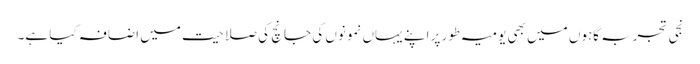
نجی تجربہ گاہوں میں بھی یومیہ طور پر اپنے یہاں نمونوں کی جانچ کی صلاحیت میں اضافہ کیا ہے۔